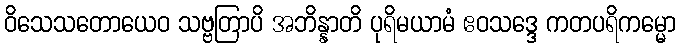
ဝိသေသတောယေဝ သဗ္ဗတြာပိ အဘိန္နာတိ ပုရိမယာမံ ဧဝသဒ္ဒေ ကတပရိကမ္မော